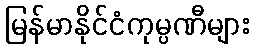
မြန်မာနိုင်ငံကုမ္ပဏီများ